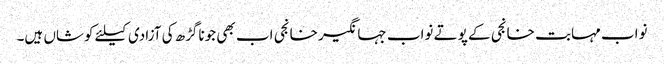
نواب مہابت خانجی کے پوتے نواب جہانگیر خانجی اب بھی جوناگڑھ کی آزادی کیلئے کوشاں ہیں۔